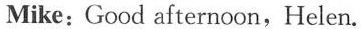
Mike:Good afternoon, Helen.